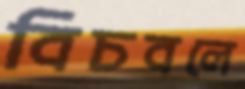
বিচবলে